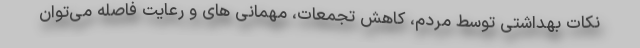
نکات بهداشتی توسط مردم، کاهش تجمعات، مهمانی های و رعایت فاصله می‌توان